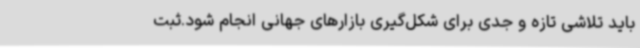
باید تلاشی تازه و جدی برای شکل‌گیری بازارهای جهانی انجام شود.ثبت